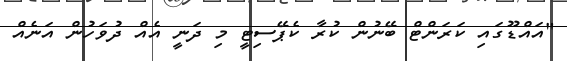
"އައްޑޫގައި ކަރަންޓް ބޭނުން ކުރާ ކެޕޭސިޓީ މި ދަނީ އެއް ދުވަހުން އަނެއް